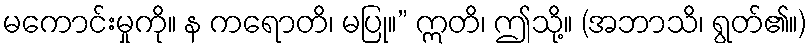
မကောင်းမှုကို။ န ကရောတိ၊ မပြု။” ဣတိ၊ ဤသို့။ (အဘာသိ၊ ရွတ်၏။)